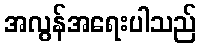
အလွန်အရေးပါသည်